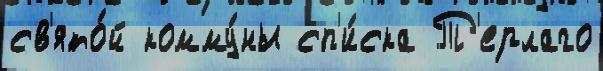
св'ято́й комму́ны сп'и́ска Т'ерлаго